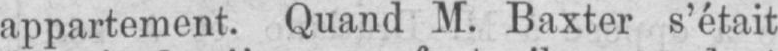
appartement. Quand M. Baxter s’était